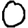
Digit: 0